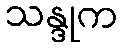
သန္ဒုက